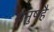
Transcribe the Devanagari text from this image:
धनुषहै